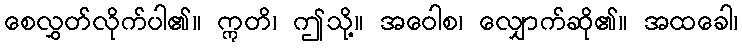
စေလွှတ်လိုက်ပါ၏။ ဣတိ၊ ဤသို့။ အဝေါစ၊ လျှောက်ဆို၏။ အထခေါ၊